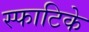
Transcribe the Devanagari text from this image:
स्फाटिके